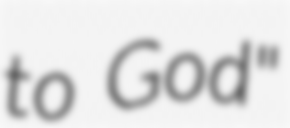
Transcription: to God"